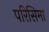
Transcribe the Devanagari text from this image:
परिसिमा